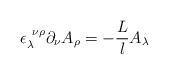
\begin{align*}\epsilon_\lambda^{~\nu\rho} \partial_\nu A_\rho = -\frac{L}l A_\lambda\end{align*}